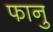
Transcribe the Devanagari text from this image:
फानु